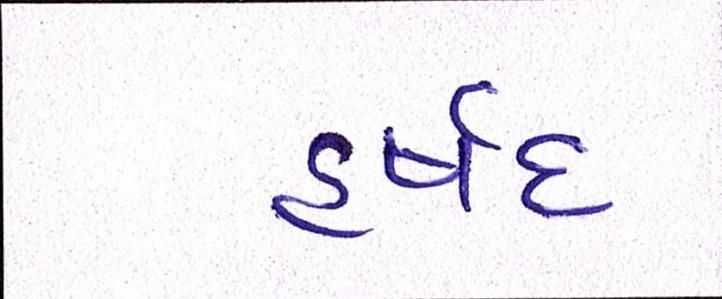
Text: હર્ષદ